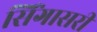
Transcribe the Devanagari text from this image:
सिंगासरी